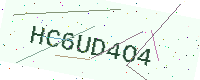
Text: HC6UD4O4